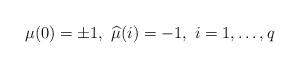
LaTeX: \begin{align*}\mu (0)=\pm 1,\mathtt{\ }\widehat{\mu }(i)=-1,\mathtt{\ }i=1,\dots,q\end{align*}